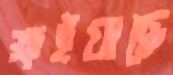
ক্ষইয়াছে